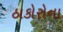
ઠાકોરોના